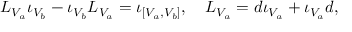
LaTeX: { \cal L } _ { V _ { a } } \iota _ { V _ { b } } - \iota _ { V _ { b } } { \cal L } _ { V _ { a } } = \iota _ { [ V _ { a } , V _ { b } ] } , \quad { \cal L } _ { V _ { a } } = d \iota _ { V _ { a } } + \iota _ { V _ { a } } d ,